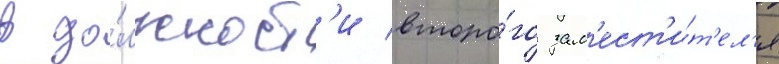
в до́лжност'и второ́го зам'ест'и́т'ел'я